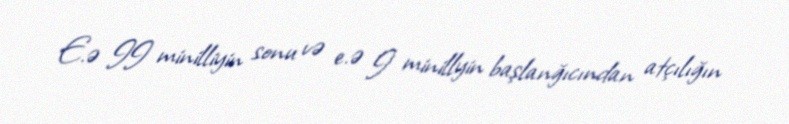
E.ə II minilliyin sonu və e.ə I minillyin başlanğıcından atçılığın